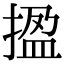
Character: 㨕